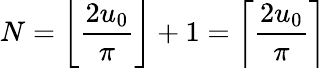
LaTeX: N=\left\lfloor{\frac{2u_{0}}{\pi}}\right\rfloor+1=\left\lceil{\frac{2u_{0}}{\pi}}\right\rceil